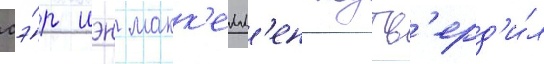
сэ́р иэн макк'елл'ен подтв'ерд'и́л